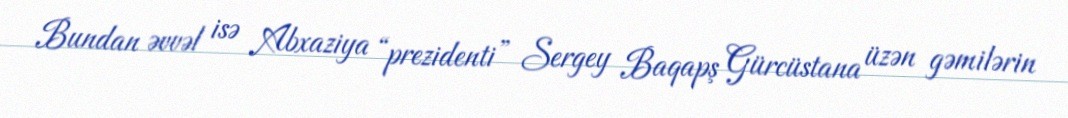
Bundan əvvəl isə Abxaziya “prezidenti” Sergey Baqapş Gürcüstana üzən gəmilərin